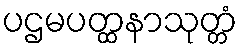
ပဌမပတ္ထနာသုတ္တံ